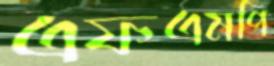
এফএমপি